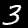
Digit: 3